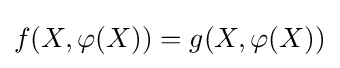
f(X,\varphi (X))=g(X,\varphi (X))